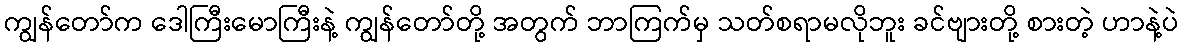
ကျွန်တော်က ဒေါကြီးမောကြီးနဲ့ ကျွန်တော်တို့ အတွက် ဘာကြက်မှ သတ်စရာမလိုဘူး ခင်ဗျားတို့ စားတဲ့ ဟာနဲ့ပဲ